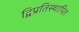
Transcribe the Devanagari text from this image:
द्विप्रतिस्थापित